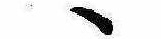
ゝ